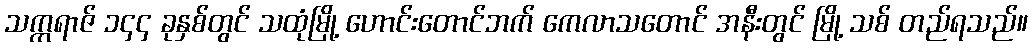
သက္ကရာဇ် ၁၄၄ ခုနှစ်တွင် သထုံမြို့ ဟောင်းတောင်ဘက် ကေလာသတောင် အနီးတွင် မြို့ သစ် တည်ရသည်။